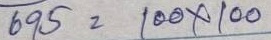
695 = 100 x 100